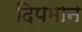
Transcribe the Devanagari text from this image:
दिपमान